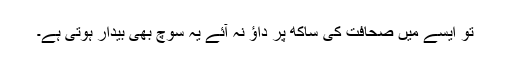
تو ایسے میں صحافت کی ساکھ پر داؤ نہ آئے یہ سوچ بھی بیدار ہوتی ہے۔